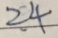
2 4